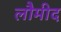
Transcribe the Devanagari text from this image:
लौमीद